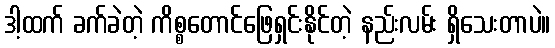
ဒါ့ထက် ခက်ခဲတဲ့ ကိစ္စတောင်ဖြေရှင်းနိုင်တဲ့ နည်းလမ်း ရှိသေးတာပဲ။